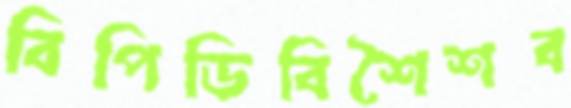
বিপিডিবিশৈশব